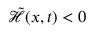
\tilde { \mathcal { H } } ( x , t ) < 0